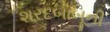
શરદબાબૂની